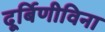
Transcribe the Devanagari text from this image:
दूर्बिणीविना